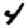
Digit: 4